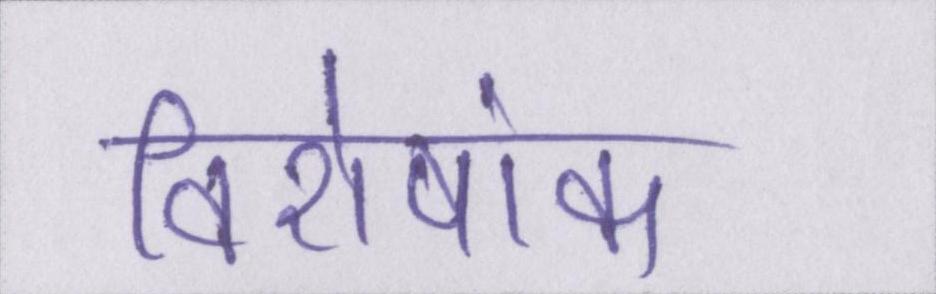
विशेषांक